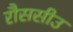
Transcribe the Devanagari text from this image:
रौससीउ